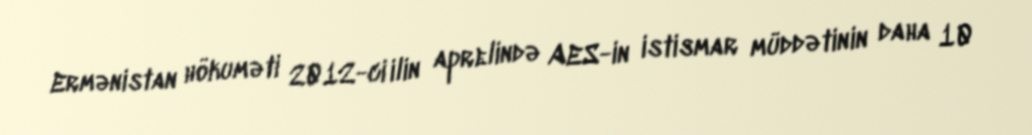
Ermənistan hökuməti 2012-ci ilin aprelində AES-in istismar müddətinin daha 10